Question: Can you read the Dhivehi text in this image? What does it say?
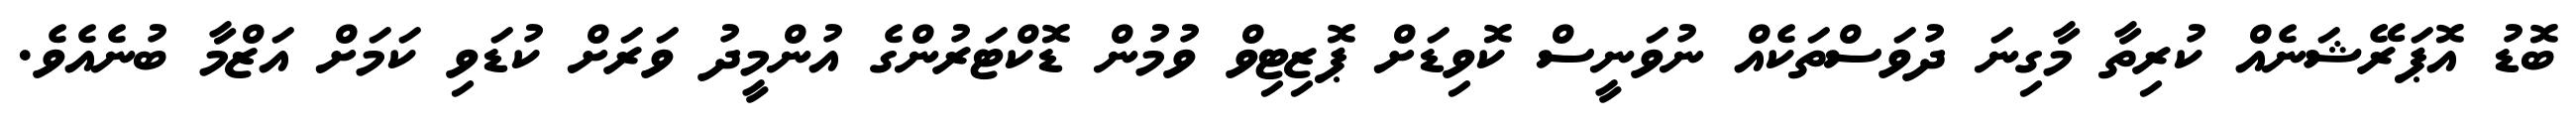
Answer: ބޮޑު އޮޕަރޭޝަނެއް ކުރިތާ މާގިނަ ދުވަސްތަކެއް ނުވަނީސް ކޮވިޑަށް ޕޮޒިޓިވް ވުމުން ޑޮކްޓަރުންގެ އުންމީދު ވަރަށް ކުޑަވި ކަމަށް އަޒްމާ ބުނެއެވެ.